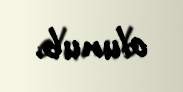
olunub.